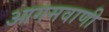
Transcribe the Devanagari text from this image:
आगमवाणी